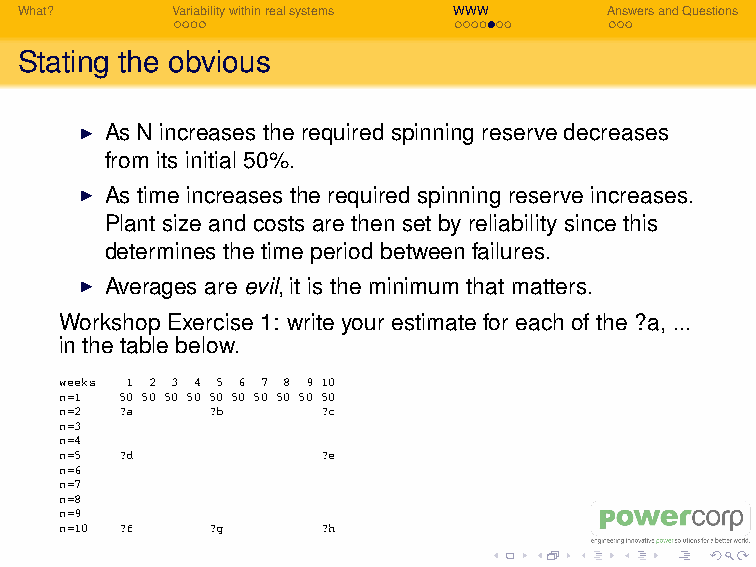
What?     Variabilitywithinrealsystems WWW AnswersandQuestions
 Stating the obvious
 I As N increases the required spinning reserve decreases
 from its initial 50%.
 I As time increases the required spinning reserve increases.
 Plant size and costs are then set by reliability since this
 determines the time period between failures.
 I Averages are evil, it is the minimum that matters.
 Workshop Exercise 1: write your estimate for each of the ?a, ...
 in the table below.
 weeks 1 2 3 4 5 6 7 8 9 10
 n=1 50 50 50 50 50 50 50 50 50 50
 n=2 ?a    ?b     ?c
 n=3
 n=4
 n=5 ?d           ?e
 n=6
 n=7
 n=8
 n=9
 n=10 ?f   ?g     ?h